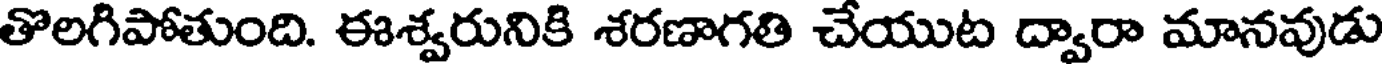
తొలగిపోతుంది. ఈశ్వరునికి శరణాగతి చేయుట ద్వారా మానవుడు